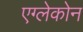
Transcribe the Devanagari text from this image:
एग्लेकोन